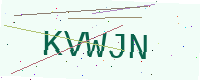
Text: KVWJN